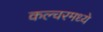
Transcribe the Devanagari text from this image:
कल्चरमध्ये